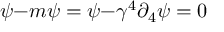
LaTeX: \not { D } \psi - m \psi = \not { D } \psi - \gamma ^ { 4 } \partial _ { 4 } \psi = 0